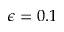
\epsilon = 0 . 1